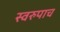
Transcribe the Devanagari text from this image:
स्वरुपाच